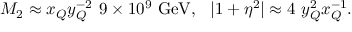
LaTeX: M _ { 2 } \approx x _ { Q } y _ { Q } ^ { - 2 } \ 9 \times 1 0 ^ { 9 } \ \mathrm { G e V } , \ \ | 1 + \eta ^ { 2 } | \approx 4 \ y _ { Q } ^ { 2 } x _ { Q } ^ { - 1 } .